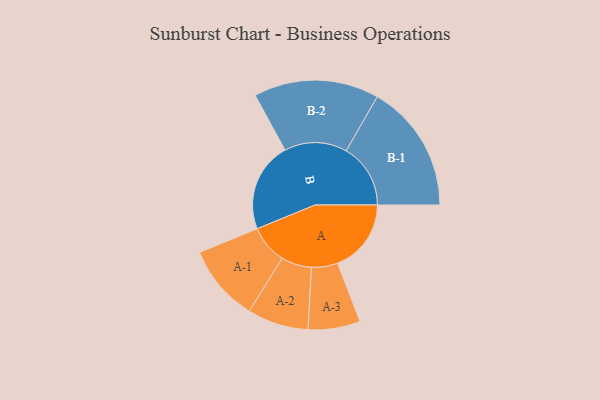
{"axis": {"x": "Segment", "y": "Value"}, "legend": ["", "A", "B"], "data": [{"x": "A", "y": 333, "type": ""}, {"x": "B", "y": 405, "type": ""}, {"x": "A-1", "y": 174, "type": "A"}, {"x": "A-2", "y": 138, "type": "A"}, {"x": "A-3", "y": 118, "type": "A"}, {"x": "B-1", "y": 291, "type": "B"}, {"x": "B-2", "y": 283, "type": "B"}]}